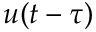
u ( t - \tau )